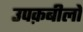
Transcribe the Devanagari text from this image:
उपक़बीलों